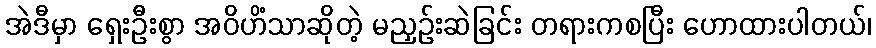
အဲဒီမှာ ရှေးဦးစွာ အဝိဟိံသာဆိုတဲ့ မညှဉ်းဆဲခြင်း တရားကစပြီး ဟောထားပါတယ်၊